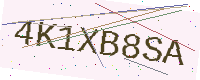
Text: 4K1XB8SA